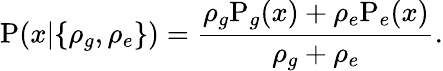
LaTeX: \mathrm{P}(x|\{ \rho_{g},\rho_{e}\} )=\frac{\rho_{g}\mathrm P_{g}(x)+\rho_{e}\mathrm P_{e}(x)}{\rho_{g}+\rho_{e}}.